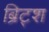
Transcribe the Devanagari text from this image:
ब्रिट्श